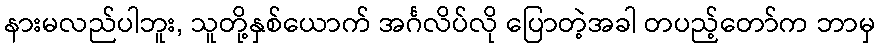
နားမလည်ပါဘူး, သူတို့နှစ်ယောက် အင်္ဂလိပ်လို ပြောတဲ့အခါ တပည့်တော်က ဘာမှ